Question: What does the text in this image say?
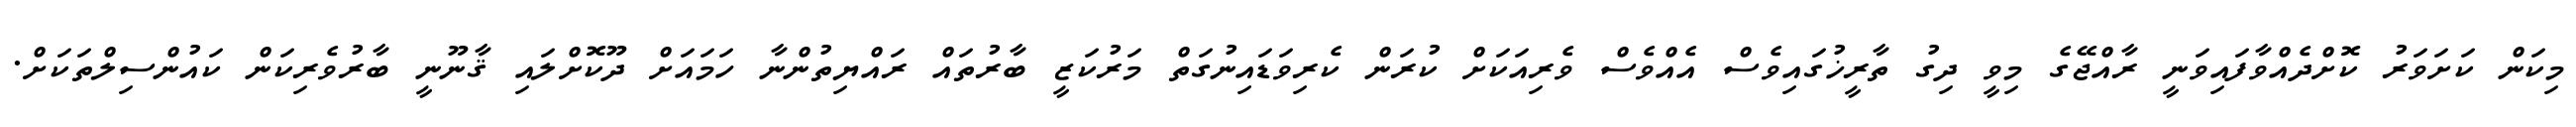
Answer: މިކަން ކަށަވަރު ކޮށްދެއްވާފައިވަނީ ރާއްޖޭގެ މިވީ ދިގު ތާރީޚުގައިވެސް އެއްވެސް ވެރިއަކަށް ކުރަން ކެރިވަޑައިނުގަތް މަރުކަޒީ ބާރުތައް ރައްޔިތުންނާ ހަމައަށް ދޫކޮށްލައި ޤާނޫނީ ބާރުވެރިކަން ކައުންސިލްތަކަށް.